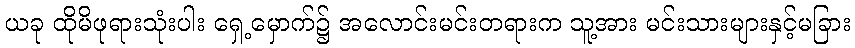
ယခု ထိုမိဖုရားသုံးပါး ရှေ့မှောက်၌ အလောင်းမင်းတရားက သူ့အား မင်းသားများနှင့်မခြား